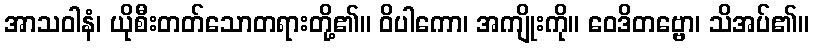
အာသဝါနံ၊ ယိုစီးတတ်သောတရားတို့၏။ ဝိပါကော၊ အကျိုးကို။ ဝေဒိတဗ္ဗော၊ သိအပ်၏။